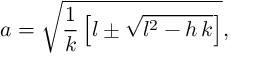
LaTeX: a = \sqrt { \frac { 1 } { k } \left[ l \pm \sqrt { l ^ { 2 } - h \, k } \right] } ,